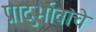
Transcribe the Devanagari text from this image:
प्रादुर्भावांचे